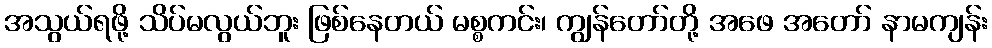
အသွယ်ရဖို့ သိပ်မလွယ်ဘူး ဖြစ်နေတယ် မစ္စကင်း၊ ကျွန်တော်တို့ အဖေ အတော် နာမကျန်း